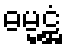
ဓမ္မဋ္ဌံ